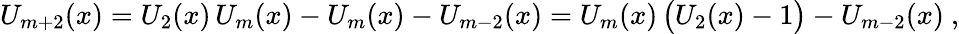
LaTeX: U_{m+2}(x)=U_{2}(x)\, U_{m}(x)-U_{m}(x)-U_{m-2}(x)=U_{m}(x)\, {\big(}U_{2}(x)-1{\big)}-U_{m-2}(x)~,